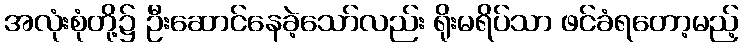
အလုံးစုံတို့၌ ဦးဆောင်နေခဲ့သော်လည်း ရိုးမရိပ်သာ ဖင်ခံရတော့မည့်